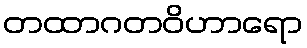
တထာဂတဝိဟာရော